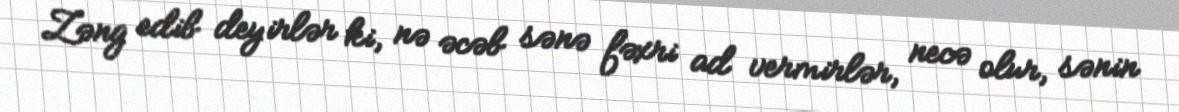
Zəng edib deyirlər ki, nə əcəb sənə fəxri ad vermirlər, necə olur, sənin